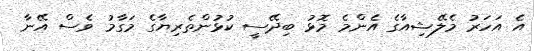
އެ އަހަރު މެލޭޝިއާގެ އެންމެ މޮޅު ބިދޭސީ ކުޅުންތެރިޔާގެ މަގާމު ވެސް އޭނާ